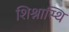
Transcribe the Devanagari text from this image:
शिश्नास्थि